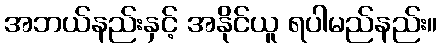
အဘယ်နည်းနှင့် အနိုင်ယူ ရပါမည်နည်း။